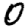
Digit: 0